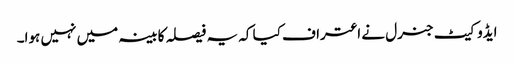
ایڈوکیٹ جنرل نے اعتراف کیا کہ یہ فیصلہ کابینہ میں نہیں ہوا۔